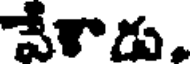
చేశాడు.